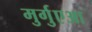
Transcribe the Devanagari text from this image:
मुर्गुएआ